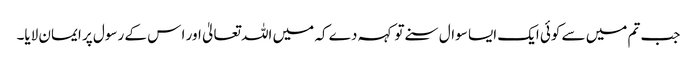
جب تم میں سے کوئی ایک ایسا سوال سنے تو کہہ دے کہ میں اللہ تعالیٰ اور ا س کے رسول پر ایمان لایا۔